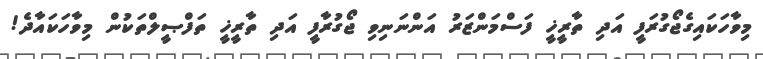
މިވާހަކައިގެޖޯގުރަފީ އަދި ތާރީޚީ ފަސްމަންޒަރު އަންނަނިވި ޖޯގުރާފީ އަދި ތާރީޚީ ތަފްޞީލްތަކުން މިވާހަކައާދެ!